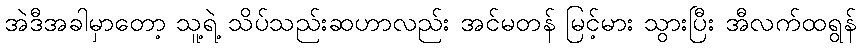
အဲဒီအခါမှာတော့ သူ့ရဲ့ သိပ်သည်းဆဟာလည်း အင်မတန် မြင့်မား သွားပြီး အီလက်ထရွန်